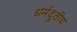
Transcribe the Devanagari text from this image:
धर्मदूतीय